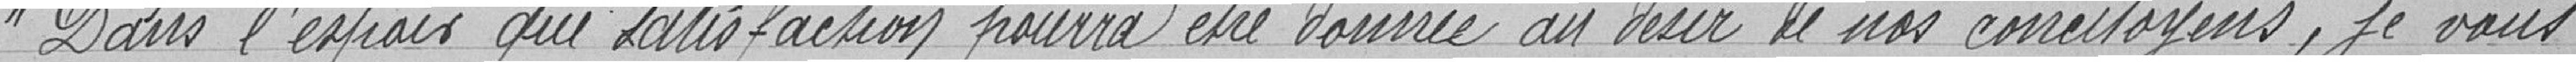
Dans l'espoir que satisfaction pourra être donnée au désir de nos concitoyens, je vous